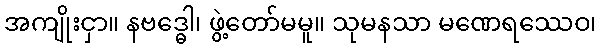
အကျိုးငှာ။ နဗဒ္ဓေါ၊ ဖွဲ့တော်မမူ။ သုမနသာ မဏေရဿေဝ၊